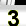
Digit: 3